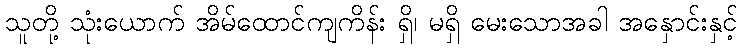
သူတို့ သုံးယောက် အိမ်ထောင်ကျကိန်း ရှိ၊ မရှိ မေးသောအခါ အနှောင်းနှင့်